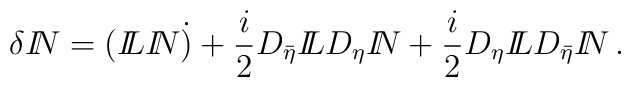
\delta {I\!\!N}=  ({I\!\!L}{I\!\!N}\dot ) + \frac{i}{2}D_{\bar\eta}{I\!\!L}D_{\eta}{I\!\!N} + \frac{i}{2}D_{\eta}{I\!\!L}D_{\bar\eta}{I\!\!N}\, .